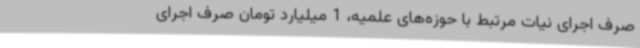
صرف اجرای نیات مرتبط با حوزه‌های علمیه، 1 میلیارد تومان صرف اجرای